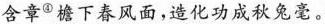
含章^{④}檐下春风面，造化功成秋兔毫。